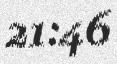
21:46